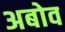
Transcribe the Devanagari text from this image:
अबोव